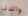
والدنا